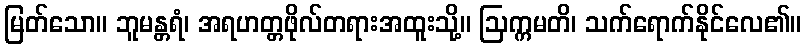
မြတ်သော။ ဘူမန္တရံ၊ အရဟတ္တဖိုလ်တရားအထူးသို့။ ဩက္ကမတိ၊ သက်ရောက်နိုင်လေ၏။